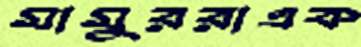
মামুররাএক